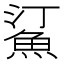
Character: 𬵋